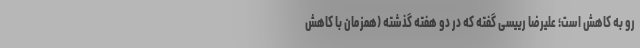
رو به کاهش است؛ علیرضا رییسی گفته که در دو هفته گذشته (همزمان با کاهش